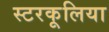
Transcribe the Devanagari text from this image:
स्टरकूलिया